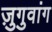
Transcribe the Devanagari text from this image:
ज़ुगुवांग